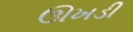
ઊખડી